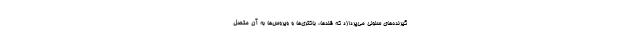
گیرنده‌های سلولی می‌پردازد که قندها، باکتری‌ها و ویروس‌ها به آن متصل